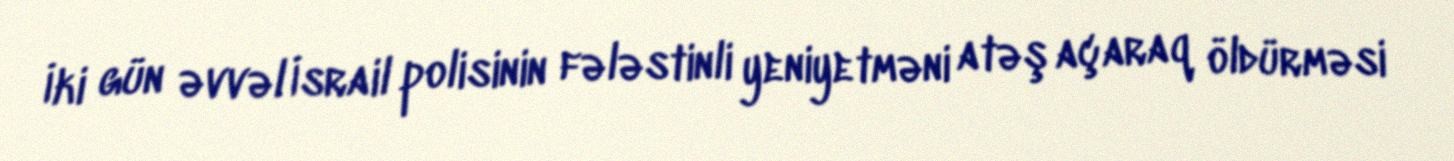
İki gün əvvəl İsrail polisinin fələstinli yeniyetməni atəş açaraq öldürməsi